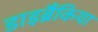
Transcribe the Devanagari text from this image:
डाइब्रैंकिया